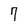
Character: 7